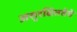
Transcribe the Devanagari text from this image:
असुरक्षिततेचे